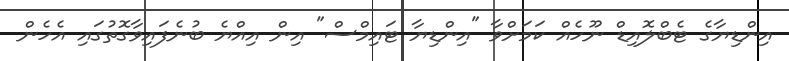
އިންޑިޔާގެ ޓެބްލޮއިޑް ނޫހެއް ކަމަށްވާ "އިންޑިޔާ ޓައިމްސް" އިން އިއްޔެ ބުނެފައިވާގޮތުގައި އެހެން